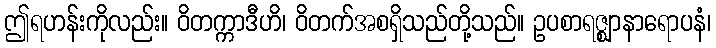
ဤရဟန်းကိုလည်း။ ဝိတက္ကာဒီဟိ၊ ဝိတက်အစရှိသည်တို့သည်။ ဥပစာရဇ္ဈာနာရောပနံ၊